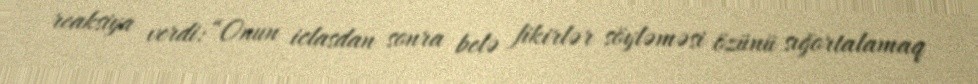
reaksiya verdi: “Onun iclasdan sonra belə fikirlər söyləməsi özünü sığortalamaq